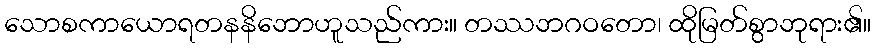
သောစကာယောရတနနိဘောဟူသည်ကား။ တဿဘဂဝတော၊ ထိုမြတ်စွာဘုရား၏။